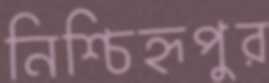
নিশ্চিহ্নপুর